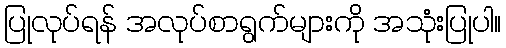
ပြုလုပ်ရန် အလုပ်စာရွက်များကို အသုံးပြုပါ။